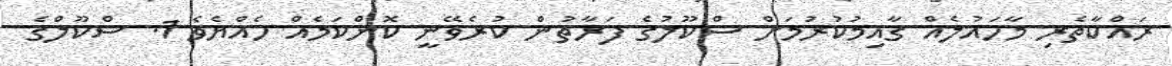
ރައްކާތެރި މާހައުލެއް ގާއިމުކުރުމަށް ސްކޫލުގެ ފަރާތުން ކުރެވޭނީ ކޮންކަމެއް ހެއްޔެވެ 1. ސްކޫލްގެ